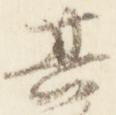
其